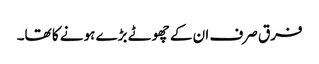
فرق صرف ان کے چھوٹے بڑے ہونے کا تھا۔